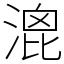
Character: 𣹮